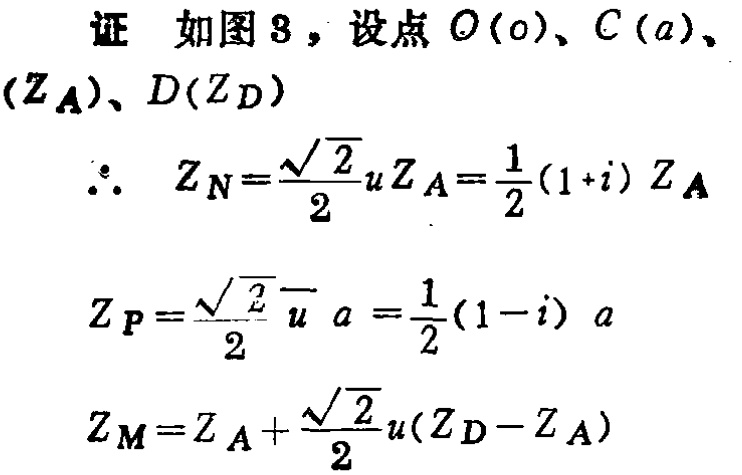
证 如图8，设点$O(0)$、$C(a)$、$(Z_{A})$、$D(Z_{D})$
\[\therefore Z_{N}=\frac{\sqrt{2}}{2}uZ_{A}=\frac{1}{2}(1 + i)Z_{A}\]
\[Z_{P}=\frac{\sqrt{2}}{2}\overline{u}a=\frac{1}{2}(1 - i)a\]
\[Z_{M}=Z_{A}+\frac{\sqrt{2}}{2}u(Z_{D}-Z_{A})\]